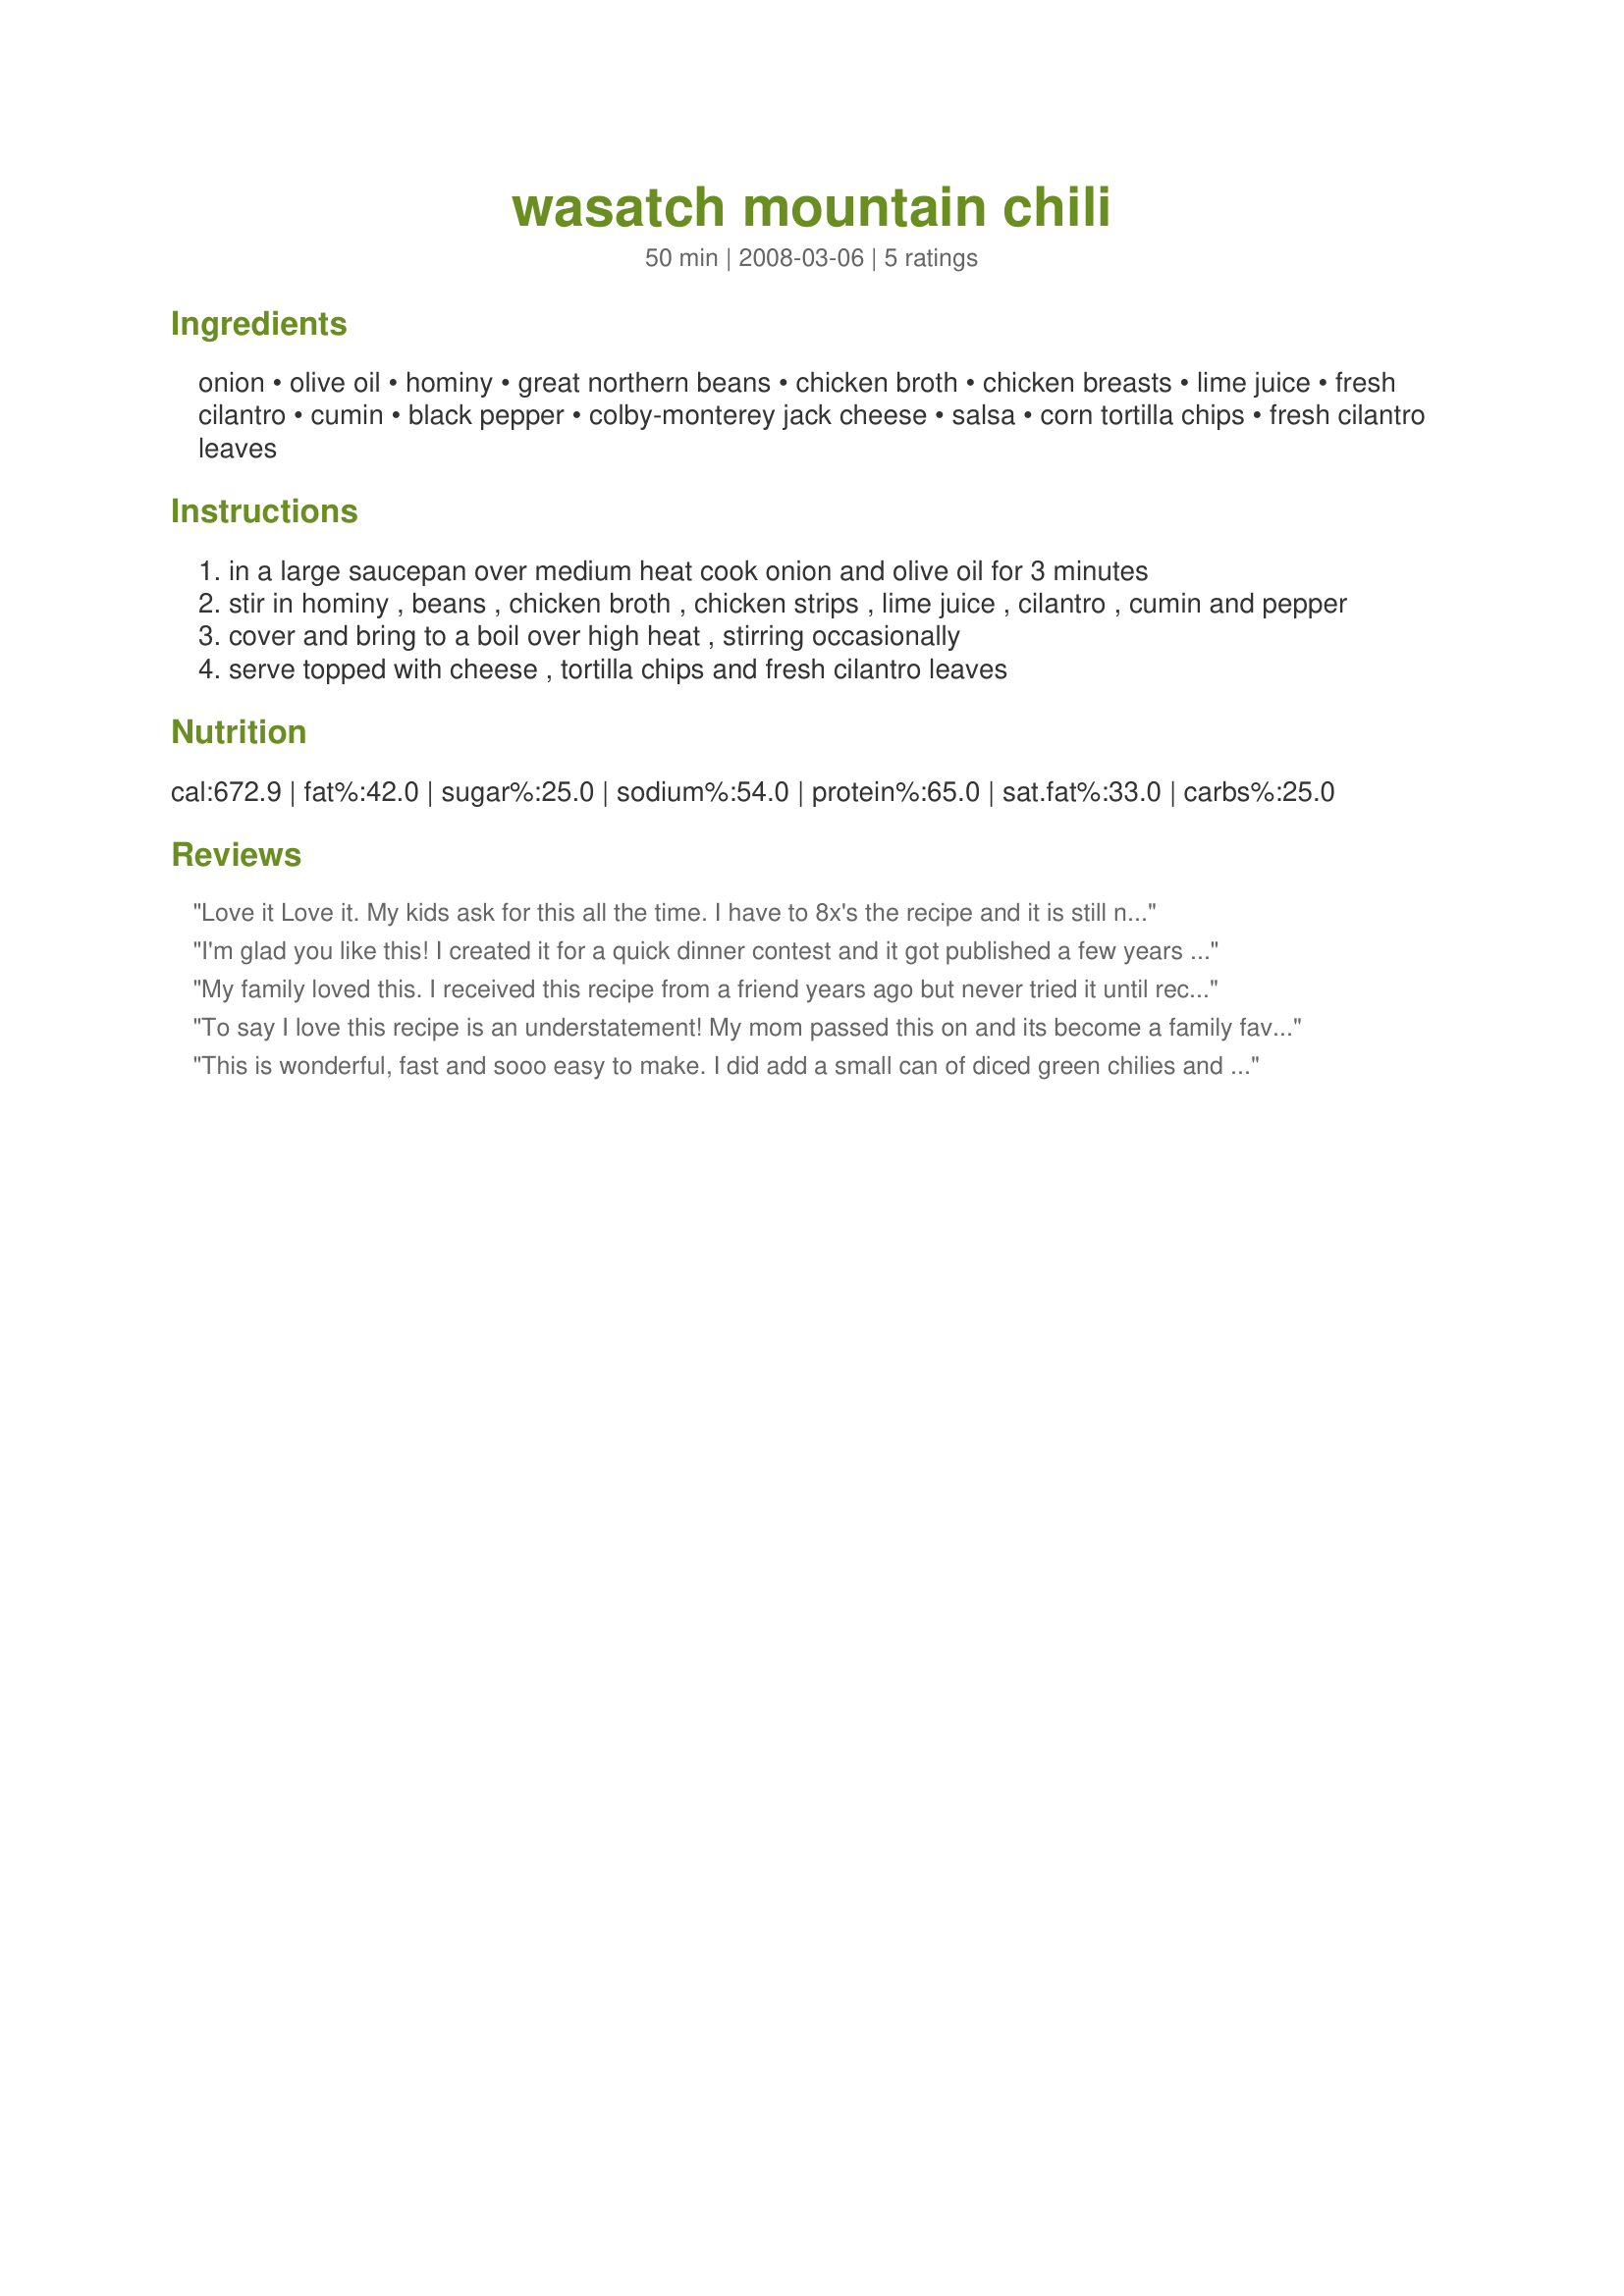
wasatch mountain chili
Preparation time: 50 minutes

Ingredients:
onion, olive oil, hominy, great northern beans, chicken broth, chicken breasts, lime juice, fresh cilantro, cumin, black pepper, colby-monterey jack cheese, salsa, corn tortilla chips, fresh cilantro leaves

Steps:
in a large saucepan over medium heat cook onion and olive oil for 3 minutes
stir in hominy , beans , chicken broth , chicken strips , lime juice , cilantro , cumin and pepper
cover and bring to a boil over high heat , stirring occasionally
serve topped with cheese , tortilla chips and fresh cilantro leaves

Reviews:
Love it Love it. My kids ask for this all the time. I have to 8x's the recipe and it is still not enough.
I'm glad you like this! I created it for a quick dinner contest and it got published a few years ago. The publishers changed the recipe a bit. I use chicken stock paste and water rather than canned broth, pre-cooked chicken strips from Costco and add the green chilies like the other comment suggested. I hope you all enjoy! More recipes like this at Wasatch Mountain Chef blog.
My family loved this. I received this recipe from a friend years ago but never tried it until recently. It was fast and easy. The recipe does not state when to use the salsa. The recipe from my friend said green salsa. After adding the ingredients it looked too thick so I added the bottle of green salsa to the pot of chili and stirred it in. I also used 2 large chicken breasts that I had defrosted and cooked in olive oil instead of the frozen tenders. It was great! We topped it with tortilla chips and shredded cheese. Yum.
To say I love this recipe is an understatement! My mom passed this on and its become a family favorite, especially on cold nights! Its quick and easy. The cilantro/lime really makes the flavor. We use scoop tortillas to eat it and top it with shredded cheddar. This last time, I made a double batch on the stove top and then put it in the crockpot to keep warm. It was awesome!
This is wonderful, fast and sooo easy to make. I did add a small can of diced green chilies and a little extra chicken broth and I used green salsa. I have passed this recipe on to many friends and relatives!
